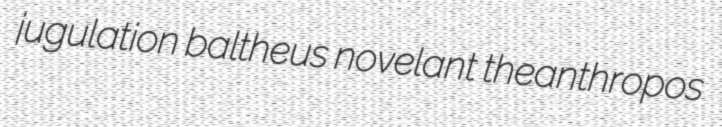
jugulation baltheus novelant theanthropos